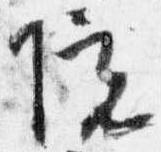
院